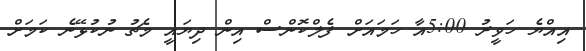
އިއްޔެ ހަވީރު 5:00އާ ހަމައަށް ފެލްކޮންސް އިން ދިޔައީ މެޗު ނުކުޅޭނެ ކަމަށް